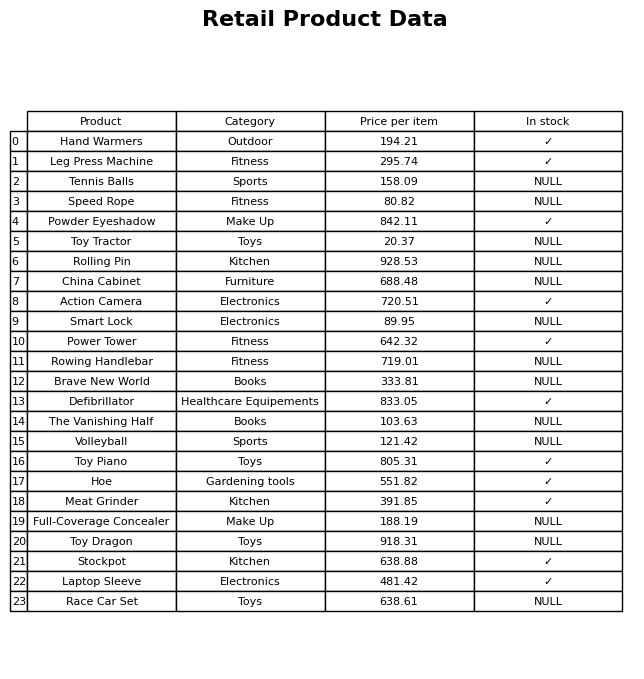
question: What is the price for Speed Rope?
answer: The price of Speed Rope is 80.82.